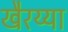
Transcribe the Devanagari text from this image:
खैरय्या